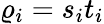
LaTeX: \varrho_{i}=s_{i}t_{i}